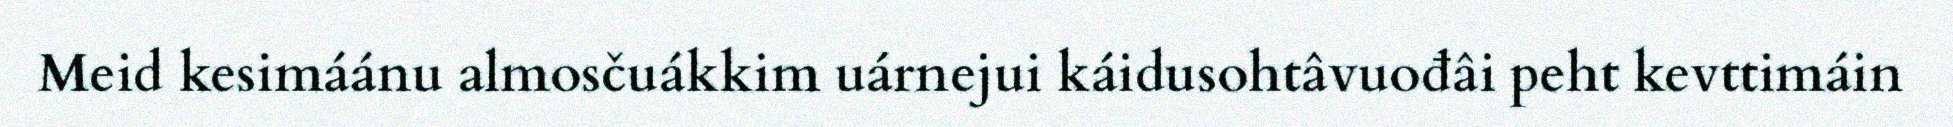
Meid kesimáánu almosčuákkim uárnejui káidusohtâvuođâi peht kevttimáin